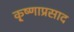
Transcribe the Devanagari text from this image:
कृ्ष्णाप्रसाद